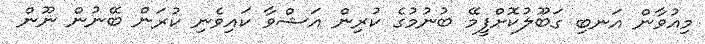
މިއުވާން އަނބި ގަބޫލުކޮށްފީމޭ ބުނުމުގެ ކުރިން އަޝްވާ ކައިވެނި ކުރަން ބޭނުން ނޫން